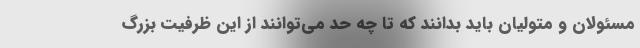
مسئولان و متولیان باید بدانند که تا چه حد می‌توانند از این ظرفیت بزرگ